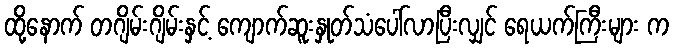
ထို့နောက် တဂျိမ်းဂျိမ်းနှင့် ကျောက်ဆူးနှုတ်သံပေါ်လာပြီးလျှင် ရေယက်ကြီးများ က